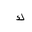
Letter: _kaf